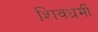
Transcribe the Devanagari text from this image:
शिवधर्मी